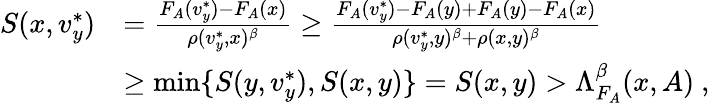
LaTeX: \begin{array}{rl}{S(x,v_{y}^{*})}&{=\frac{F_{A}(v_{y}^{*})-F_{A}(x)}{\rho(v_{y}^{*},x)^{\beta}}\geq\frac{F_{A}(v_{y}^{*})-F_{A}(y)+F_{A}(y)-F_{A}(x)}{\rho(v_{y}^{*},y)^{\beta}+\rho(x,y)^{\beta}}}\\ &{\geq\operatorname*{min}\{ S(y,v_{y}^{*}),S(x,y)\} =S(x,y)>\Lambda_{F_{A}}^{\beta}(x,A)~,}\end{array}